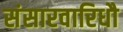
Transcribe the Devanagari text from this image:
संसारवारिधौ